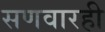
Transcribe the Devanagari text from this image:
सणवारही